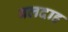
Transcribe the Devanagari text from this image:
बलदाह